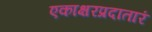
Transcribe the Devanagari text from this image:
एकाक्षरप्रदातारं